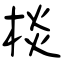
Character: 棪